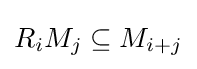
R_{i}M_{j}\subseteq M_{i+j}